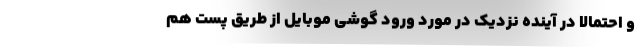
و احتمالا در آینده نزدیک در مورد ورود گوشی موبایل از طریق پست هم